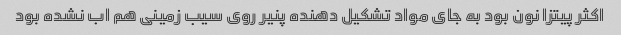
اکثر پیتزا نون بود به جای مواد تشکیل دهنده پنیر روی سیب زمینی هم اب نشده بود